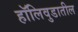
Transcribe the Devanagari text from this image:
हॉलिवुडातील